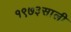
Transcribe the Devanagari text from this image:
१९७३साली